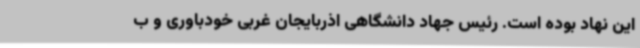
این نهاد بوده است. رئیس جهاد دانشگاهی اذربایجان غربی خودباوری و ب